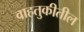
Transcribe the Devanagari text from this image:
वाहतुकीतील